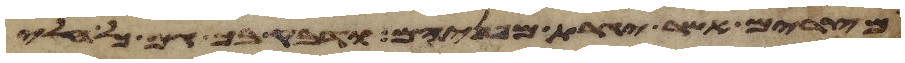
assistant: מצרים אשר יגרת מפניהם ודבק בך גם כל חלי